Indian journal of veterinary science and animal husbandry - Volumes 15-17, 1948-1951
Year: 1948
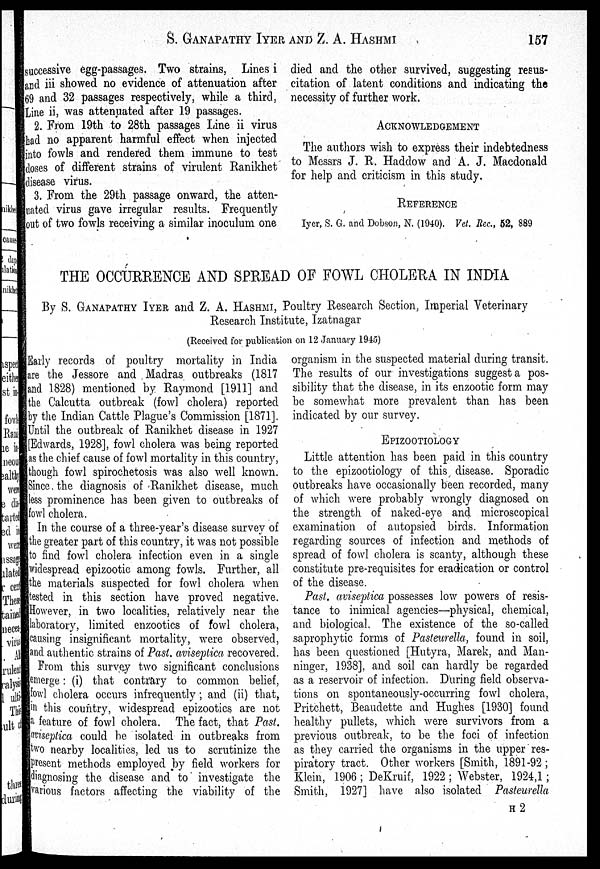
S. GANAPATHY IYER AND Z. A.
HASHMI
157
successive egg-passages. Two strains, Lines i
and iii showed no evidence of attenuation after
69 and 32 passages respectively, while a third,
Line ii, was attenuated after 19 passages.
2. From 19th to 28th passages Line ii virus
had no apparent harmful effect when injected
into fowls and rendered them immune to test
doses of different strains of virulent Ranikhet
disease virus.
3. From the 29th passage onward, the atten-
uated virus gave irregular results. Frequently
out of two fowls receiving a similar inoculum one
died and the other survived, suggesting resus-
citation of latent conditions and indicating the
necessity of further work.
ACKNOWLEDGEMENT
The authors wish to express their indebtedness
to Messrs J. R. Haddow and A. J. Macdonald
for help and criticism in this study.
REFERENCE
Iyer, S. G. and Dobson, N. (1940). Vet. Rec., 52, 889
THE OCCURRENCE AND SPREAD OF FOWL CHOLERA IN INDIA
By S. GANAPATHY IYER and Z. A. HASHMI, Poultry Research Section, Imperial Veterinary
Research Institute, Izatnagar
(Received for publication on 12 January 1945)
Early records of poultry mortality in India
are the Jessore and Madras outbreaks (1817
and 1828) mentioned by Raymond [1911] and
the Calcutta outbreak (fowl cholera) reported
by the Indian Cattle Plague's Commission [1871].
Until the outbreak of Ranikhet disease in 1927
[Edwards, 1928], fowl cholera was being reported
as the chief cause of fowl mortality in this country,
though fowl spirochetosis was also well known.
Since the diagnosis of Ranikhet disease, much
less prominence has been given to outbreaks of
fowl cholera.
In the course of a three-year's disease survey of
the greater part of this country, it was not possible
to find fowl cholera infection even in a single
widespread epizootic among fowls. Further, all
the materials suspected for fowl cholera when
tested in this section have proved negative.
However, in two localities, relatively near the
laboratory, limited enzootics of fowl cholera,
causing insignificant mortality, were observed,
and authentic strains of Past aviseptica recovered.
From this survey two significant conclusions
emerge: (i) that contrary to common belief,
fowl cholera occurs infrequently; and (ii) that,
in this country, widespread epizootics are not
a feature of fowl cholera. The fact, that Past
aviseptica could be isolated in outbreaks from
two nearby localities, led us to scrutinize the
present methods employed by field workers for
diagnosing the disease and to investigate the
various factors affecting the viability of the
organism in the suspected material during transit.
The results of our investigations suggest a pos-
sibility that the disease, in its enzootic form may
be somewhat more prevalent than has been
indicated by our survey.
EPIZOOTIOLOGY
Little attention has been paid in this country
to the epizootiology of this disease. Sporadic
outbreaks have occasionally been recorded, many
of which were probably wrongly diagnosed on
the strength of naked-eye and microscopical
examination of autopsied birds. Information
regarding sources of infection and methods of
spread of fowl cholera is scanty, although these
constitute pre-requisites for eradication or control
of the disease.
Past aviseptica possesses low powers of resis-
tance to inimical agencies—physical, chemical,
and biological. The existence of the so-called
saprophytic forms of Pasteurella, found in soil,
has been questioned [Hutyra, Marek, and Man-
ninger, 1938], and soil can hardly be regarded
as a reservoir of infection. During field observa-
tions on spontaneously-occurring fowl cholera,
Pritchett, Beaudette and Hughes [1930] found
healthy pullets, which were survivors from a
previous outbreak, to be the foci of infection
as they carried the organisms in the upper res-
piratory tract. Other workers [Smith, 1891-92;
Klein, 1906; DeKruif, 1922; Webster, 1924,1;
Smith, 1927] have also isolated Pasteurella
H 2